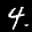
Label: 4